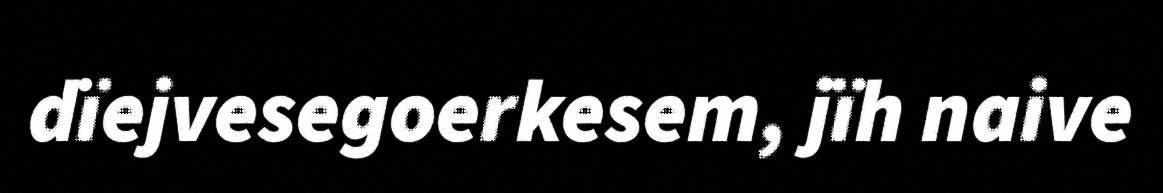
dïejvesegoerkesem, jïh naive